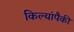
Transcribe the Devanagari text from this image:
किल्यांपैकी